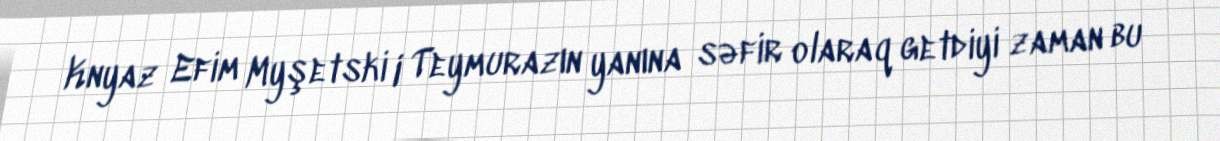
Knyaz Efim Myşetski I Teymurazın yanına səfir olaraq getdiyi zaman bu